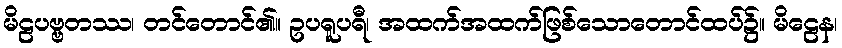
မိဠပဗ္ဗတဿ၊ တင်တောင်၏။ ဥပရူပရီ၊ အထက်အထက်ဖြစ်သောတောင်ထပ်၌။ မိဠေန၊